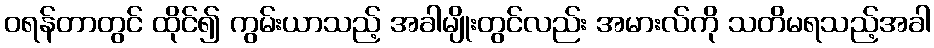
ဝရန်တာတွင် ထိုင်၍ ကွမ်းယာသည့် အခါမျိုးတွင်လည်း အမားလ်ကို သတိမရသည့်အခါ